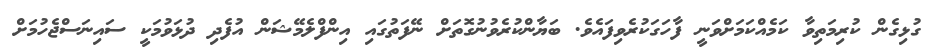
ގުޅިގެން ކުރިމަތިވާ ކަމެއްކަމަށްވަނީ ފާހަގަކުރެވިފައެވެ. ބަޔާންކުރެވުނުގޮތަށް ނޭފަތުގައި އިންފްލެމޭޝަން އުފެދި ދުޅަވުމަކީ ސައިނަސްޖެހުމަށް